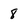
Character: 8